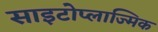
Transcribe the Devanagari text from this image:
साइटोप्लाज्मिक